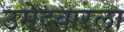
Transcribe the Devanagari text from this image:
उमेदवारला